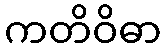
ကတိဝိဓာ